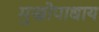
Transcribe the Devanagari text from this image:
मुखोपाधाय